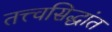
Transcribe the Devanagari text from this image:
तत्त्वसिद्धांत